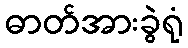
ဓာတ်အားခွဲရုံ